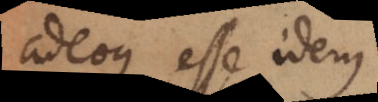
adeoque esse idem